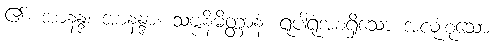
၏။ အာနန္ဒ၊ အာနန္ဒာ။ သဗ္ဗနိမိတ္တာနံ၊ ရူပါရုံအစရှိသော အလုံးစုံသော